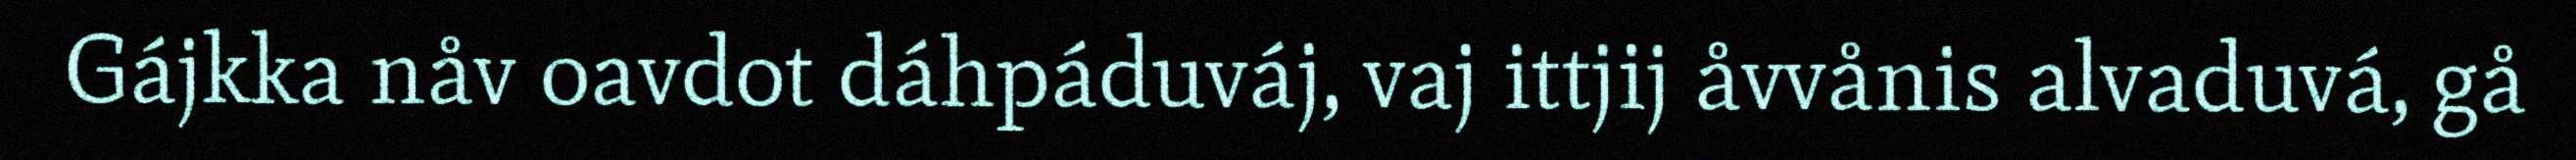
Gájkka nåv oavdot dáhpáduváj, vaj ittjij åvvånis alvaduvá, gå